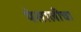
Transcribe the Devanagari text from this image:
थेसालीचा